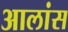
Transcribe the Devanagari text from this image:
आलांस